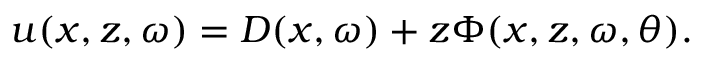
u ( x , z , \omega ) = D ( x , \omega ) + z \Phi ( x , z , \omega , \theta ) .